Civil Veterinary Dept. Bombay admin report 1932-41 - 1932-1941
Year: 1932
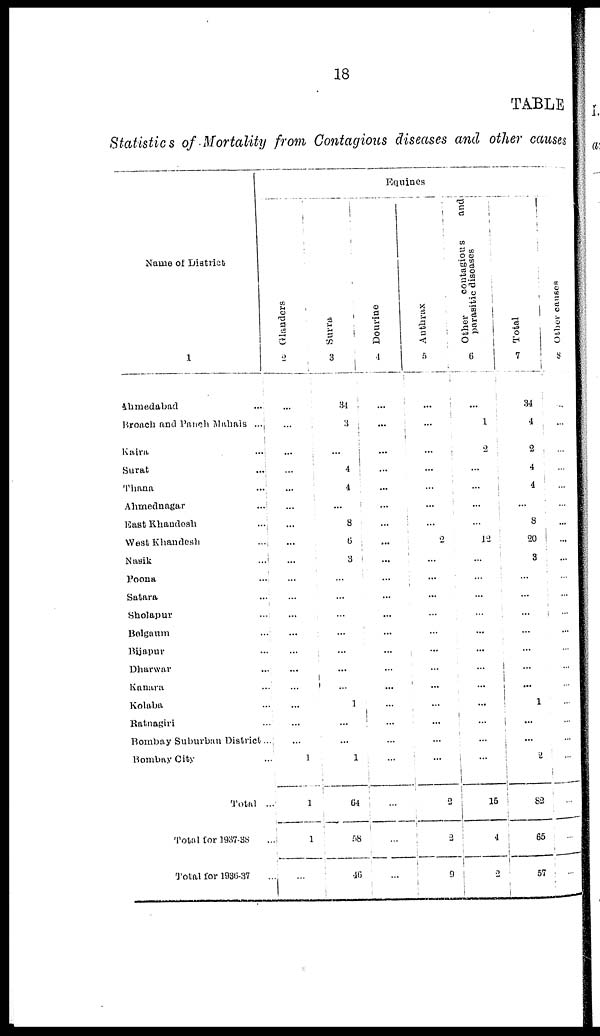
18
TABLE
Statistics of Mortality from Contagious diseases and other causes
Name of District
1
Ahmedabad
...
Broach and Panch Mahals ...
Kaira
...
Surat
...
Thana
...
Ahmednagar
...
East Khandesh
...
West Khandesh
...
Nasik
...
Poona
...
Satara
...
Sholapur
...
Belgaum
...
Bijapur
...
Dharwar
...
Kanara
...
Kolaba
...
Ratnagiri
...
Bombay Suburban District ...
Bombay City
...
Total ...
Total for 1937-38
...
Total for 1936-37
...
Equines
Glanders
2
...
...
...
...
...
...
...
...
...
...
...
...
...
...
...
...
...
...
...
1
1
1
...
Surra.
3
34
3
...
4
4
...
8
6
3
...
...
...
...
...
...
1
1
...
...
1
64
58
46
Dourine
4
...
...
...
...
...
...
...
...
...
...
...
...
...
...
...
...
...
...
...
...
...
...
...
Anthrax
5
...
...
...
...
...
...
...
2
...
...
...
...
...
...
...
...
...
...
...
...
2
2
9
Other
contagious
and
parasitic diseases
6
...
1
2
...
1
...
...
12
...
...
...
...
...
...
...
...
...
...
...
...
15
4
2
Total
7
34
4
9
4
4
...
8
20
3
...
...
...
...
...
...
...
1
...
...
2
82
65
57
Other causes
8
...
...
...
...
...
...
...
...
...
...
...
...
...
...
...
...
...
...
...
...
...
...
...